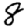
Digit: 8